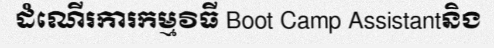
ដំណើរការកម្មវិធី Boot Camp Assistantនិង